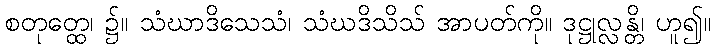
စတုတ္ထေ၊ ၌။ သံဃာဒိသေသံ၊ သံဃဒိသိသ် အာပတ်ကို။ ဒုဋ္ဌုလ္လန္တိ၊ ဟူ၍။